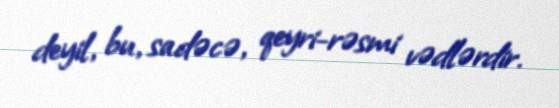
deyil, bu, sadəcə, qeyri-rəsmi vədlərdir.